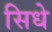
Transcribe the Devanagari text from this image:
सिधे